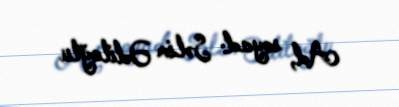
Ad, soyad: Səlim Ədiloğlu